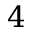
4